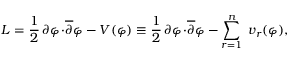
{ \cal L } = \frac { 1 } { 2 } \, \partial \varphi \! \cdot \! { \overline { { \partial } } } \varphi - V ( \varphi ) \equiv \frac { 1 } { 2 } \, \partial \varphi \! \cdot \! { \overline { { \partial } } } \varphi - \sum _ { r = 1 } ^ { n } \; v _ { r } ( \varphi ) ,